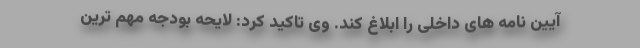
آیین نامه های داخلی را ابلاغ کند. وی تاکید کرد: لایحه بودجه مهم ترین